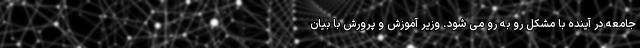
جامعه در آینده با مشکل رو به رو می شود. وزیر آموزش و پرورش با بیان